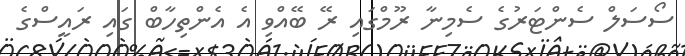
ސޯސަލް ސެންޓަރުގެ ސެމިނާ ރޫމްގައި ރޭ ބޭއްވި އެ އެންތިހާބް ގައި ރައީސްގެ